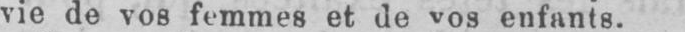
vie de vos femmes et de vos enfants.